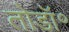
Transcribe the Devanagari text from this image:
तोडॉ॰